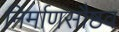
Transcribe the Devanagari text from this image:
निर्माणसौष्ठव